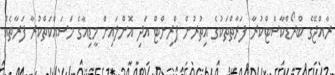
ރާއްޖޭގެ ބްރޯޑްކާސްޓްކުރާ ފަރާތްތަކުގެ އިތުރުން ޕްރިންޓް އަދި އޮންލައިން މީޑިއާގެ މަސައްކަތްކުރާ ފަރާތެއް